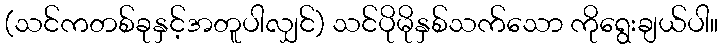
(သင်ကတစ်ခုနှင့်အတူပါလျှင်) သင်ပိုမိုနှစ်သက်သော ကိုရွေးချယ်ပါ။